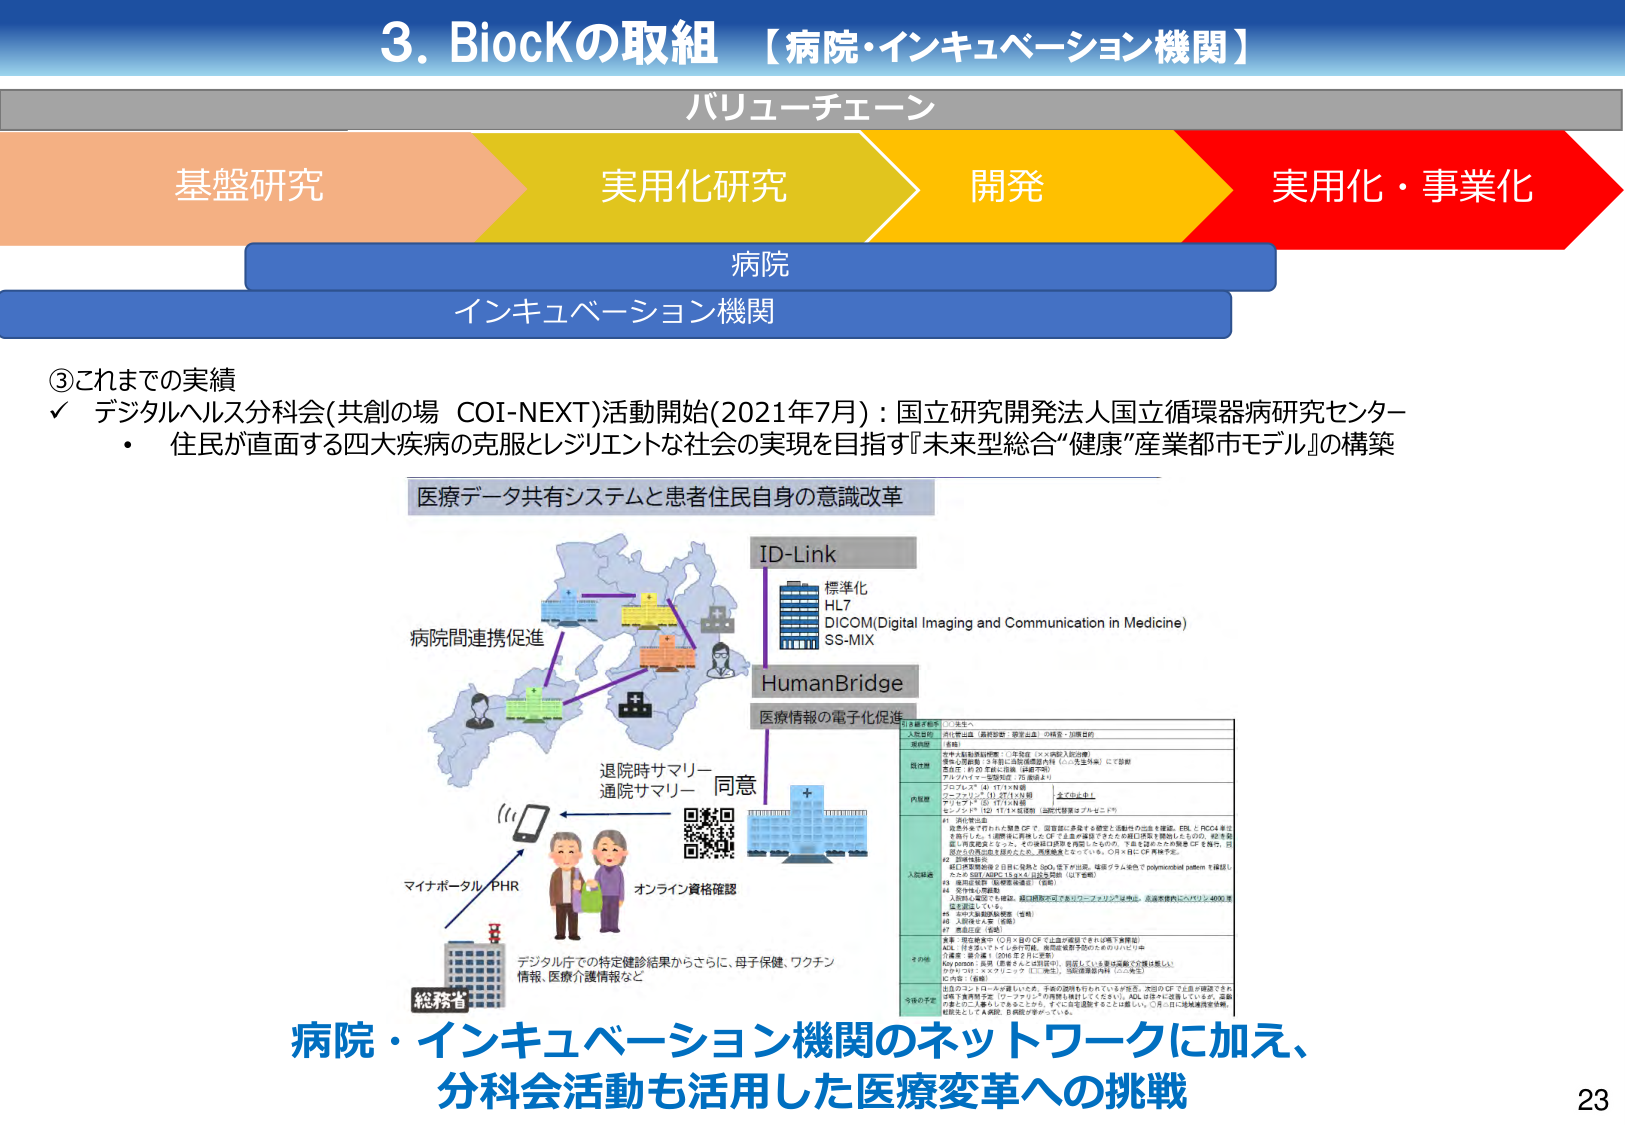
3. BiocKの取組 【病院・インキュベーション機関】

バリューチェーン

基盤研究 実用化研究 開発 実用化・事業化

病院
インキュベーション機関

③これまでの実績
✓ デジタルヘルス分科会(共創の場 COI-NEXT)活動開始(2021年7月)：国立研究開発法人国立循環器病研究センター
・ 住民が直面する四大疾病の克服とレジリエントな社会の実現を目指す『未来型総合“健康”産業都市モデル』の構築

医療データ共有システムと患者住民自身の意識改革

ID-Link
標準化
HL7
DICOM(Digital Imaging and Communication in Medicine)
SS-MIX

HumanBridge
医療情報の電子化促進

病院間連携促進

退院時サマリー
通院サマリー 同意

マイナポータル PHR

オンライン資格確認

総務省

デジタル庁での特定健診結果からさらに、母子保健、ワクチン
情報、医療介護情報など

病院・インキュベーション機関のネットワークに加え、
分科会活動も活用した医療変革への挑戦

23